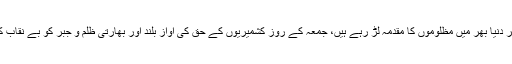
وزیراعظم عمران خان کشمیریوں کے سفیر کے طور پر دنیا بھر میں مظلوموں کا مقدمہ لڑ رہے ہیں، جمعہ کے روز کشمیریوں کے حق کی آواز بلند اور بھارتی ظلم و جبر کو بے نقاب کریں گے،یہ وقت قوم کو تقسیم نہیں یکجا کرنے کا ہے۔